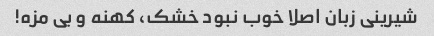
شیرینی زبان اصلا خوب نبود خشک، کهنه و بی مزه!